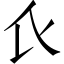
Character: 𧘇